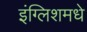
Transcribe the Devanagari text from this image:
इंग्लिशमधे